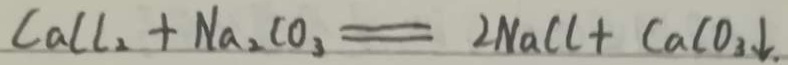
C a C l _ { 2 } + N a _ { 2 } C O _ { 3 } = 2 N a C l + C a C O _ { 3 } \downarrow .